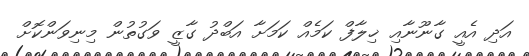
އަދި އެއީ ގާނޫނާއި ޚިލާފް ކަމެއް ކަމަށާ އަބްދު ގާޒީ ވަގުތުން މިނިވަންކޮށް